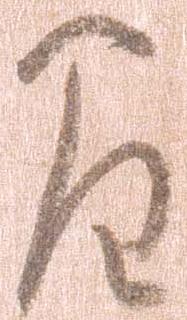
間